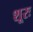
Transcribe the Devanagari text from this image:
शूरः